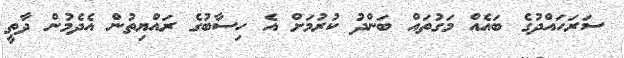
ސަރަހައްދުގެ ބައެއް މަގުތައް ބަންދު ކުރުމަށް އެ ހިސާބުގެ ރައްޔިތުން އެދެމުން ދާތީ